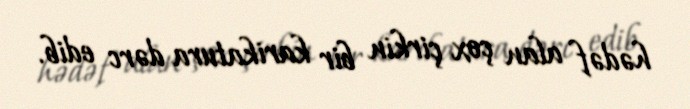
hədəf alan çox çirkin bir karikatura dərc edib.